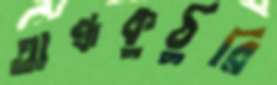
অন্ধকুঠুরি